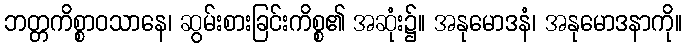
ဘတ္တကိစ္စာဝသာနေ၊ ဆွမ်းစားခြင်းကိစ္စ၏ အဆုံး၌။ အနုမောဒနံ၊ အနုမောဒနာကို။